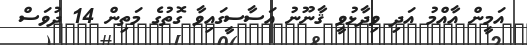
އަމީން އާއްމު އަދި ވިދާޅުވީ ޤާނޫނު އަސާސީގައިވާ ގޮތުގެ މަތިން 14 ދުވަސް